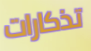
تذكارات